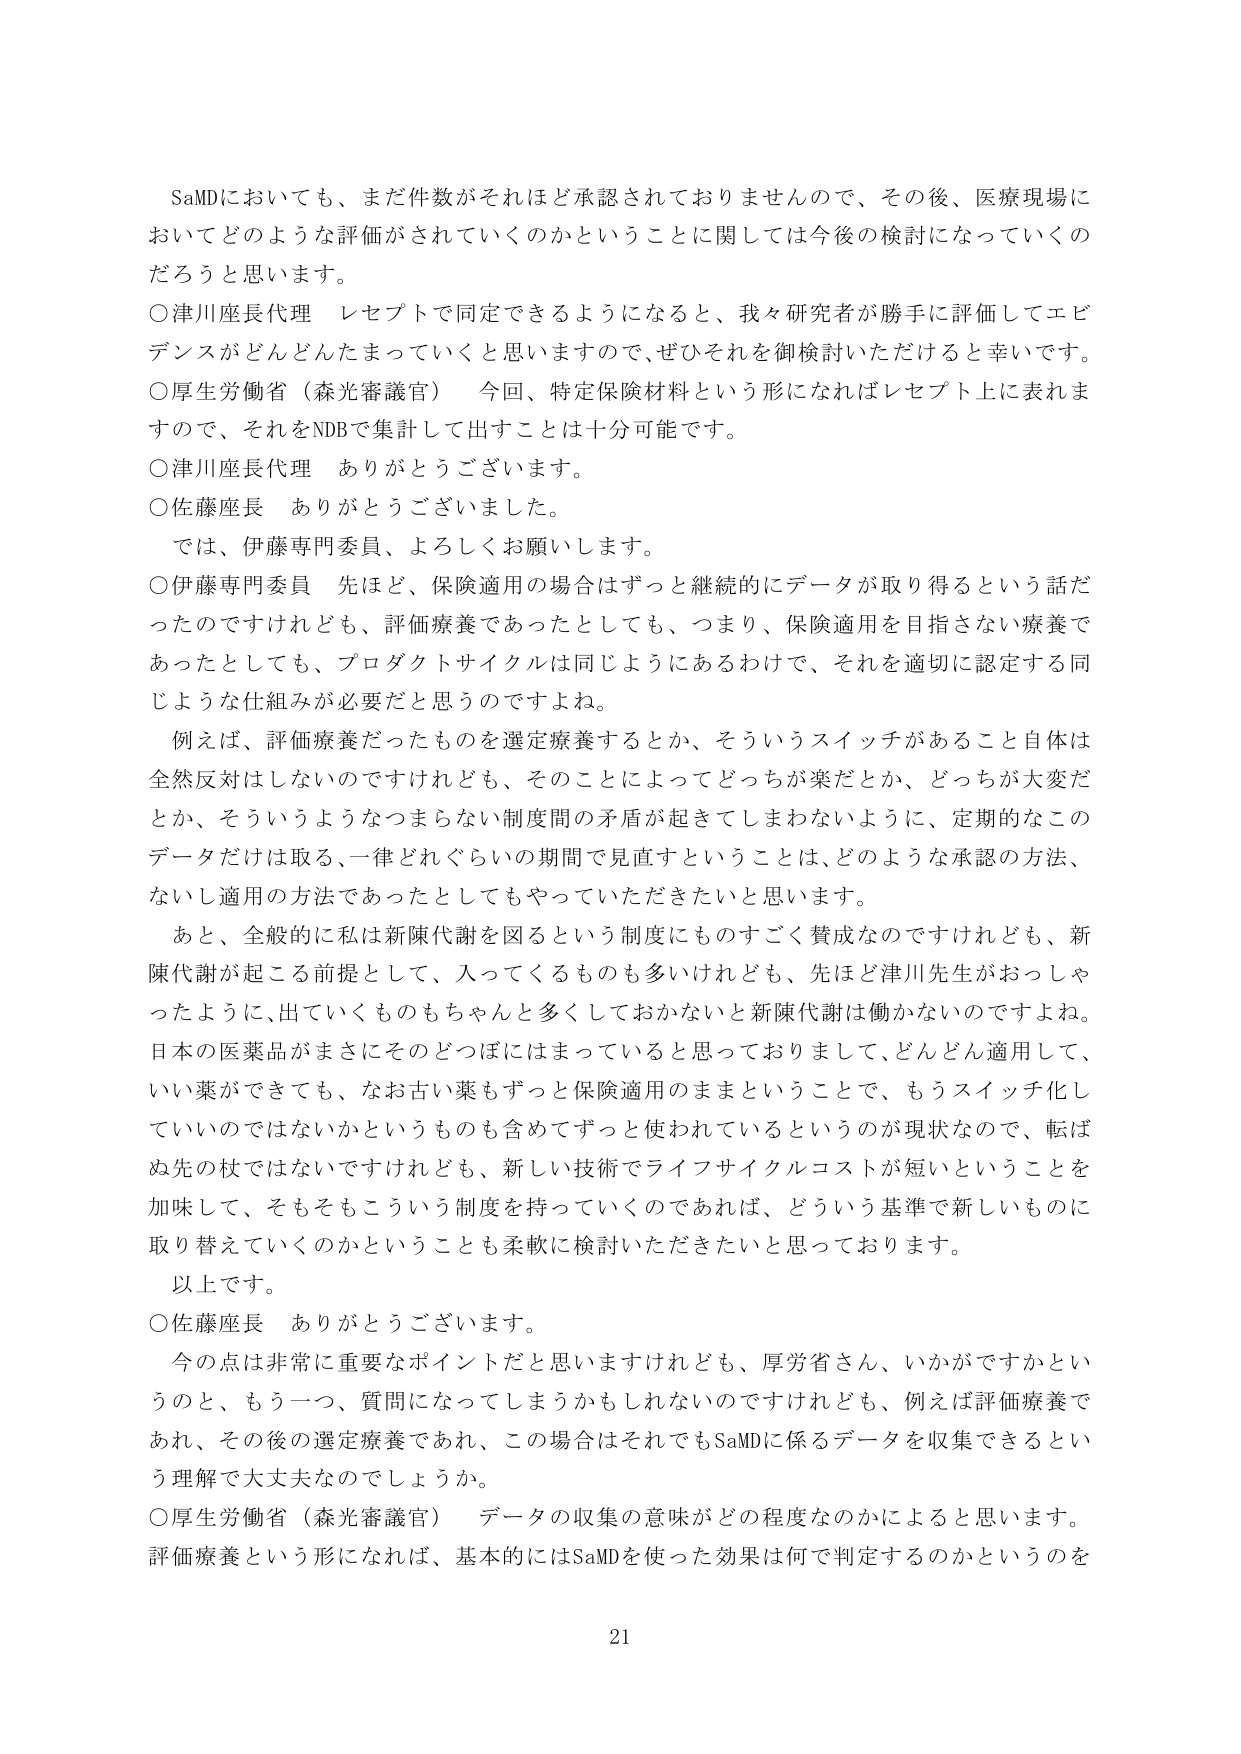
SaMDにおいても、まだ件数がそれほど承認されておりませんので、その後、医療現場においてどのような評価がされていくのかということに関しては今後の検討になっていくのだろうと思います。

○津川座長代理　レセプトで同定できるようになると、我々研究者が勝手に評価してエビデンスがどんどんたまっていくと思いますので、ぜひそれを御検討いただけると幸いです。

○厚生労働省（森光審議官）　今回、特定保険材料という形になればレセプト上に表れますので、それをNDBで集計して出すことは十分可能です。

○津川座長代理　ありがとうございます。

○佐藤座長　ありがとうございました。

では、伊藤専門委員、よろしくお願いします。

○伊藤専門委員　先ほど、保険適用の場合はずっと継続的にデータが取り得るという話だったのですけれども、評価療養であったとしても、つまり、保険適用を目指さない療養であったとしても、プロダクトサイクルは同じようにあるわけで、それを適切に認定する同じような仕組みが必要だと思うのですよね。

例えば、評価療養だったものを選定療養するとか、そういうスイッチがあること自体は全然反対はしないのですけれども、そのことによってどっちが楽だとか、どっちが大変だとか、そういうようなつまらない制度間の矛盾が起きてしまわないように、定期的なこのデータだけは取る、一律どれぐらいの期間で見直すということは、どのような承認の方法、ないし適用の方法であったとしてもやっていただきたいと思います。

あと、全般的に私は新陳代謝を図るという制度にもすごく賛成なのですが、新陳代謝が起こる前提として、入ってくるものも多いけれども、先ほど津川先生がおっしゃったように、出ていくものもちゃんと多くしておかないと新陳代謝は働かないのですよね。日本の医薬品がまさにそのどつぼにはまっていると思っておりまして、どんどん適用して、いい薬ができても、なお古い薬もずっと保険適用のままということで、もうスイッチ化していいのではないかというのも含めてずっと使われているというのが現状なので、転ばぬ先の杖ではないですけれども、新しい技術でライフサイクルコストが短いということを加味して、そもそもこういう制度を持っていくのであれば、どういう基準で新しいものに取り替えていくのかということも柔軟に検討いただきたいと思っております。

以上です。

○佐藤座長　ありがとうございます。

今の点は非常に重要なポイントだと思いますけれども、厚労省さん、いかがですかというのと、もう一つ、質問になってしまうかもしれませんが、例えば評価療養であれ、その後の選定療養であれ、この場合はそれでもSaMDに係るデータを収集できるという理解で大丈夫でしょうか。

○厚生労働省（森光審議官）　データの収集の意味がどの程度なのかによると思います。評価療養という形になれば、基本的にはSaMDを使った効果は何で判定するのかというのを

21